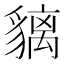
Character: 𧴁